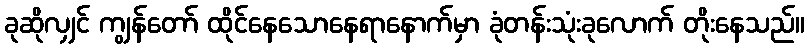
ခုဆိုလျှင် ကျွန်တော် ထိုင်နေသောနေရာနောက်မှာ ခုံတန်းသုံးခုလောက် တိုးနေသည်။